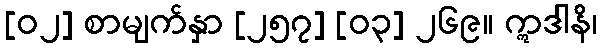
[၀၂] စာမျက်နှာ [၂၅၇] [၀၃] ၂၆၉။ ဣဒါနိ၊